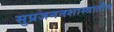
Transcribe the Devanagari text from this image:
सुप्रजननशास्त्रातील